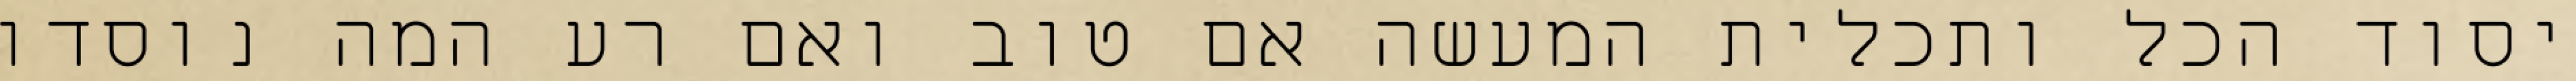
יסוד הכל ותכלית המעשה אם טוב ואם רע המה נוסדו